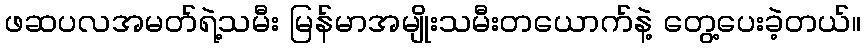
ဖဆပလအမတ်ရဲ့သမီး မြန်မာအမျိုးသမီးတယောက်နဲ့ တွေ့ပေးခဲ့တယ်။